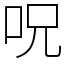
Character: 呪